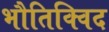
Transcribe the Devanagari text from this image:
भौतिक्विद